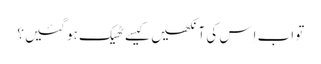
‏ تو اب اِس کی آنکھیں کیسے ٹھیک ہو گئیں؟